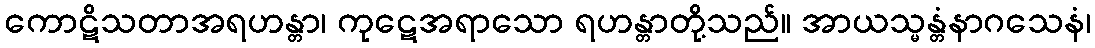
ကောဋိသတာအရဟန္တာ၊ ကုဋေအရာသော ရဟန္တာတို့သည်။ အာယသ္မန္တံနာဂသေနံ၊